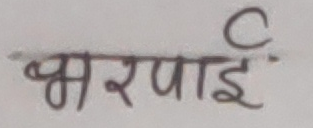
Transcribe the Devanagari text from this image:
भरपाई C